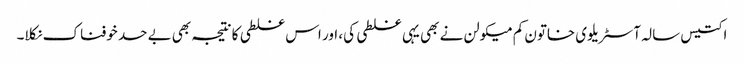
اکتیس سالہ آسٹریلوی خاتون کم میکولن نے بھی یہی غلطی کی، اور اس غلطی کا نتیجہ بھی بے حد خوفناک نکلا۔